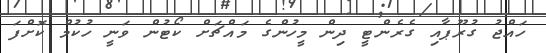
ހައްޖު ގުރޫޕާއި ގެރެންޓީ ދިން މީހުންގެ މައްޗަށް ކޯޓުން ވަނީ ހުކުމް ކޮށްފަ